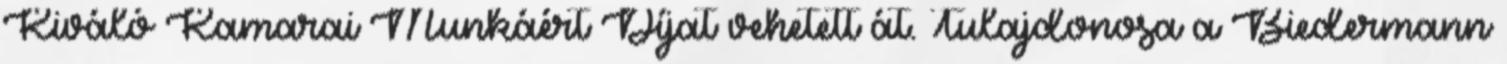
Kiváló Kamarai Munkáért Díjat vehetett át. Tulajdonosa a Biedermann